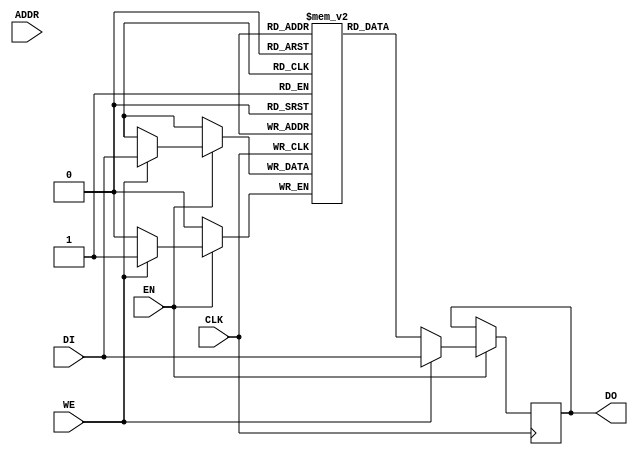
// Copyright (c) 2000-2011 Bluespec, Inc.

// Permission is hereby granted, free of charge, to any person obtaining a copy
// of this software and associated documentation files (the "Software"), to deal
// in the Software without restriction, including without limitation the rights
// to use, copy, modify, merge, publish, distribute, sublicense, and/or sell
// copies of the Software, and to permit persons to whom the Software is
// furnished to do so, subject to the following conditions:

// The above copyright notice and this permission notice shall be included in
// all copies or substantial portions of the Software.

// THE SOFTWARE IS PROVIDED "AS IS", WITHOUT WARRANTY OF ANY KIND, EXPRESS OR
// IMPLIED, INCLUDING BUT NOT LIMITED TO THE WARRANTIES OF MERCHANTABILITY,
// FITNESS FOR A PARTICULAR PURPOSE AND NONINFRINGEMENT. IN NO EVENT SHALL THE
// AUTHORS OR COPYRIGHT HOLDERS BE LIABLE FOR ANY CLAIM, DAMAGES OR OTHER
// LIABILITY, WHETHER IN AN ACTION OF CONTRACT, TORT OR OTHERWISE, ARISING FROM,
// OUT OF OR IN CONNECTION WITH THE SOFTWARE OR THE USE OR OTHER DEALINGS IN
// THE SOFTWARE.
//
// $Revision: 25100 $
// $Date: 2011-09-01 18:44:19 +0000 (Thu, 01 Sep 2011) $

`ifdef BSV_ASSIGNMENT_DELAY
`else
 `define BSV_ASSIGNMENT_DELAY
`endif

// Single-Ported BRAM with byte enables
module BRAM1BE(CLK,
               EN,
               WE,
               ADDR,
               DI,
               DO
              );

   parameter                      PIPELINED  = 0;
   parameter                      ADDR_WIDTH = 1;
   parameter                      DATA_WIDTH = 1;
   parameter                      CHUNKSIZE  = 1;
   parameter                      WE_WIDTH   = 1;
   parameter                      MEMSIZE    = 1;

   input                          CLK;
   input                          EN;
   input [WE_WIDTH-1:0]           WE;
   input [ADDR_WIDTH-1:0]         ADDR;
   input [DATA_WIDTH-1:0]         DI;
   output [DATA_WIDTH-1:0]        DO;

   reg [DATA_WIDTH-1:0]           RAM[0:MEMSIZE-1];
   reg [DATA_WIDTH-1:0]           DO_R;
   reg [DATA_WIDTH-1:0]           DO_R2;

   reg [DATA_WIDTH-1:0]           DATA;
   wire [DATA_WIDTH-1:0]          DATAwr;

   assign DATAwr = RAM[ADDR] ;

`ifdef BSV_NO_INITIAL_BLOCKS
`else
   // synopsys translate_off
   initial
   begin : init_block
      integer   i;
      for (i = 0; i < MEMSIZE; i = i + 1) begin
         RAM[i] = { ((DATA_WIDTH+1)/2) { 2'b10 } };
      end
      DO_R  = { ((DATA_WIDTH+1)/2) { 2'b10 } };
      DO_R2 = { ((DATA_WIDTH+1)/2) { 2'b10 } };
   end
   // synopsys translate_on
`endif // !`ifdef BSV_NO_INITIAL_BLOCKS

   // iverilog does not support the full verilog-2001 language.  This fixes that for simulation.
`ifdef __ICARUS__
   reg [DATA_WIDTH-1:0] MASK, IMASK;

   always @(WE or DI or DATAwr) begin : combo1
      integer j;
      MASK  = 0;
      IMASK = 0;

      for(j = WE_WIDTH-1; j >= 0; j = j - 1) begin
         if (WE[j]) MASK = (MASK << 8) | { { DATA_WIDTH-CHUNKSIZE { 1'b0 } }, { CHUNKSIZE { 1'b1 } } };
         else       MASK = (MASK << 8);
      end
      IMASK = ~MASK;

      DATA = (DATAwr & IMASK) | (DI & MASK);
   end

`else
   always @(WE or DI or DATAwr) begin : combo1
      integer j;
      // DATA = 0; // While this line is better coding sytle, it leads to incorrect synthsis for some tools
      for(j = 0; j < WE_WIDTH; j = j + 1) begin
         if (WE[j]) DATA[j*CHUNKSIZE +: CHUNKSIZE] = DI[j*CHUNKSIZE +: CHUNKSIZE];
         else       DATA[j*CHUNKSIZE +: CHUNKSIZE] = DATAwr[j*CHUNKSIZE +: CHUNKSIZE];
      end
   end
`endif // !`ifdef __ICARUS__

   always @(posedge CLK) begin
      if (EN) begin
         if (|WE) begin
            RAM[ADDR] <= `BSV_ASSIGNMENT_DELAY DATA;
            DO_R <= `BSV_ASSIGNMENT_DELAY DATA;
         end
         else begin
            DO_R <= `BSV_ASSIGNMENT_DELAY RAM[ADDR];
         end
      end
      DO_R2 <= `BSV_ASSIGNMENT_DELAY DO_R;
   end

   // Output driver
   assign DO = (PIPELINED) ? DO_R2 : DO_R;

endmodule // BRAM1BE